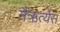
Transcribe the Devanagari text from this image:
नैऋर्त्येस